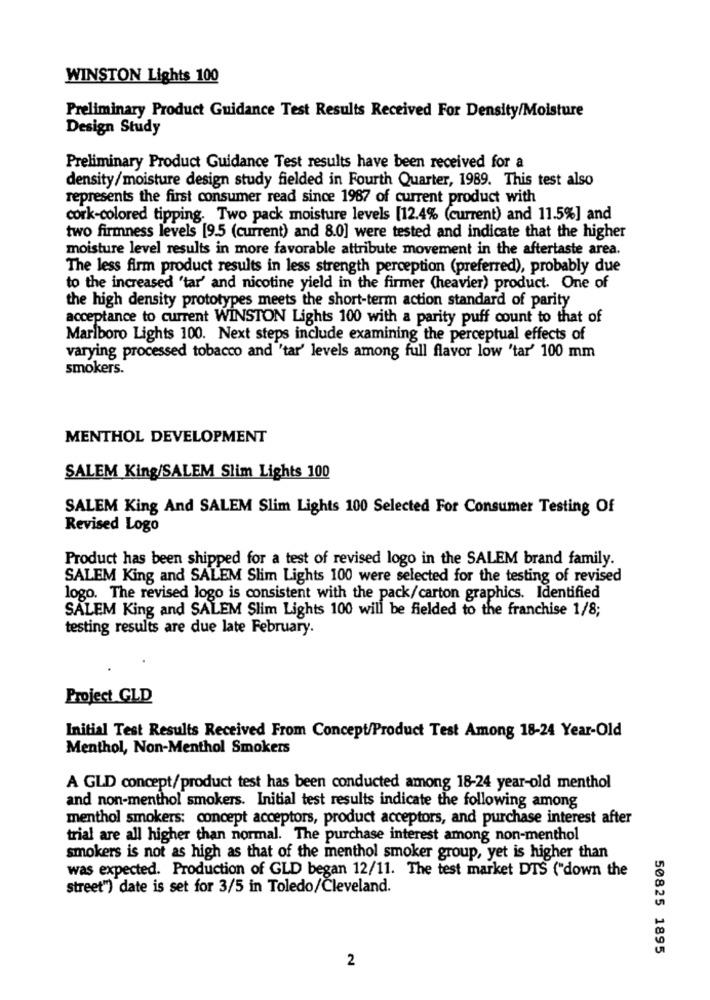
WINSTON Lights 100
Preliminary Product Guidance Test Results Received For Density/Moisture
Design Study
Preliminary Product Guidance Test results have been received for a
density/moisture design study fielded in Fourth Quarter, 1989. This test also
represents the first consumer read since 1967 of current product with
cork-colored tipping. Two pack moisture levels [12.4% (current) and 11.5%] and
two firmness levels [9.5 (current) and 8.0] were tested and indicate that the higher
moisture level results in more favorable attribute movement in the aftertaste area.
The less firm product results in less strength perception (preferred), probably due
to the increased "tar' and nicotine yield in the firmer (heavier) product. One of
the high density prototypes meets the short-term action standard of parity
acceptance to current WINSTON Lights 100 with a parity puff count to that of
Marlboro Lights 100. Next steps include examining the perceptual effects of
varying processed tobacco and 'tar' levels among full flavor low "tar' 100 mm
smokers.
MENTHOL DEVELOPMENT
SALEM King/SALEM Slim Lights 100
SALEM King And SALEM Slim Lights 100 Selected For Consumer Testing Of
Revised Logo
Product has been shipped for a test of revised logo in the SALEM brand family.
SALEM King and SALEM Slim Lights 100 were selected for the testing of revised
logo. The revised logo is consistent with the pack/carton graphics. Identified
SALEM King and SALEM Slim Lights 100 will be fielded to the franchise 1/8;
testing results are due late February.
Project GLD
Initial Test Results Received From Concept/Product Test Among 18-24 Year-Old
Menthol, Non-Menthol Smokers
A GLD concept/product test has been conducted among 18-24 year-old menthol
and non-menthol smokers. Initial test results indicate the following among
menthol smokers: concept acceptors, product acceptors, and purchase interest after
trial are all higher than normal. The purchase interest among non-menthol
smokers is not as high as that of the menthol smoker group, yet is higher than
was expected. Production of GLD began 12/11. The test market DTS ("down the
street") date is set for 3/5 in Toledo/Cleveland.
50825 1895
2